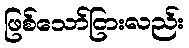
ဖြစ်သော်ငြားလည်း